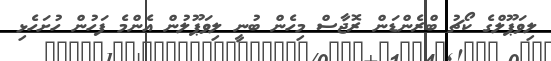
ލިވަޕޫލްގެ ކޯޗު ބްރެންޑަން ރޮޖާސް މިހެން ބުނީ ލިވަޕޫލުން އެންމެ ފަހުން ހުށަހެޅި